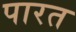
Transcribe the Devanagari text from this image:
पारत